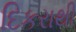
દિકરાથી